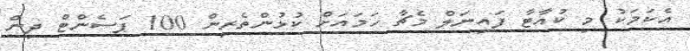
އެކަމަކު މި ކުއާޓާ ފައިނަލް މެޗާ ހަމައަށް ކުޅުންތެރިން 100 ޕަސެންޓް ދިން